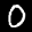
Label: 0